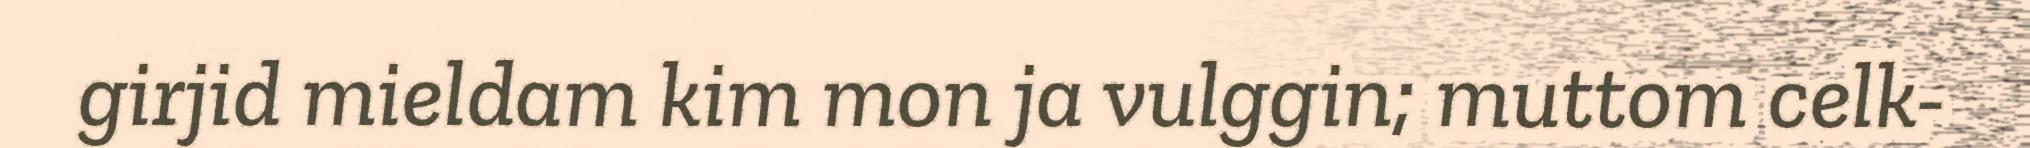
girjid mieldam kim mon ja vulggin; muttom celk-